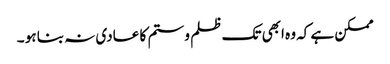
ممکن ہے کہ وہ ابھی تک ظلم و ستم کا عادی نہ بنا ہو ۔